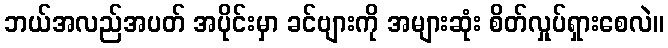
ဘယ်အလည်အပတ် အပိုင်းမှာ ခင်ဗျားကို အများဆုံး စိတ်လှုပ်ရှားစေလဲ။